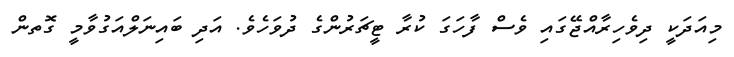
މިއަދަކީ ދިވެހިރާއްޖޭގައި ވެސް ފާހަގަ ކުރާ ޓީޗަރުންގެ ދުވަހެވެ. އަދި ބައިނަލްއަގުވާމީ ގޮތން